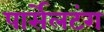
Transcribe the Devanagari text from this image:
पार्सेलटंग